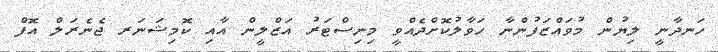
ހަނދާނީ ލިޔުން މުވައްޒަފުންނާ ހަވާލުކޮށްދެއްވީ މިނިސްޓަރު އަޒްލީން އާއި ކޮމިޝަނަރ ޖެނެރަލް އޮފް